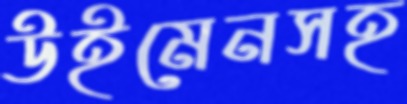
উইমেনসহ